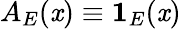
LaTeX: A_{E}(\mathit{x})\equiv\mathbf{{1}}_{E}(\mathit{x})